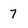
Character: 7